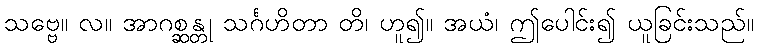
သဗ္ဗေ။ လ။ အာဂစ္ဆန္တု သင်္ဂဟိတာ တိ၊ ဟူ၍။ အယံ၊ ဤပေါင်း၍ ယူခြင်းသည်။